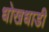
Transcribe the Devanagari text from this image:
धोखधाडी